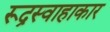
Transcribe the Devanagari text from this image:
रूद्रस्वाहाकार